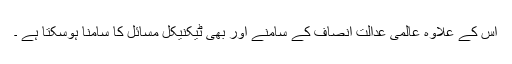
اس کے علاوہ عالمی عدالتِ انصاف کے سامنے اور بھی ٹیکنیکل مسائل کا سامنا ہوسکتا ہے ۔